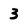
Character: 3